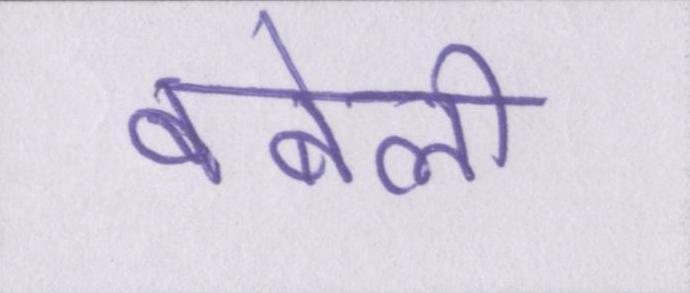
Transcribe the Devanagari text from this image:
बबेली